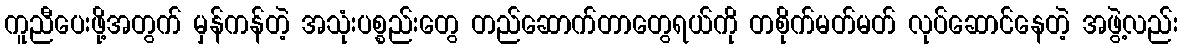
ကူညီပေးဖို့အတွက် မှန်ကန်တဲ့ အသုံးပစ္စည်းတွေ တည်ဆောက်တာတွေရယ်ကို တစိုက်မတ်မတ် လုပ်ဆောင်နေတဲ့ အဖွဲ့လည်း